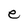
Character: e